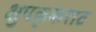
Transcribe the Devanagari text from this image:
क्षुपकृकराट